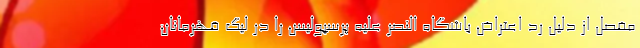
مفصل از دلیل رد اعتراض باشگاه النصر علیه پرسپولیس را در لیگ قهرمانان